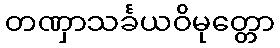
တဏှာသင်္ခယဝိမုတ္တော